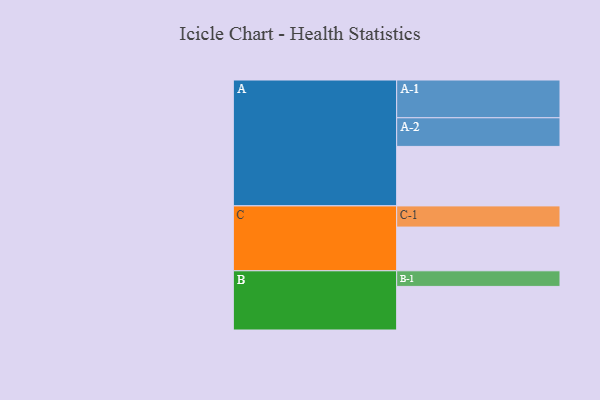
{"axis": {"x": "Segment", "y": "Value"}, "legend": ["", "A", "B", "C"], "data": [{"x": "A", "y": 430, "type": ""}, {"x": "B", "y": 315, "type": ""}, {"x": "C", "y": 316, "type": ""}, {"x": "A-1", "y": 273, "type": "A"}, {"x": "A-2", "y": 207, "type": "A"}, {"x": "B-1", "y": 113, "type": "B"}, {"x": "C-1", "y": 153, "type": "C"}]}